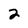
Character: 2